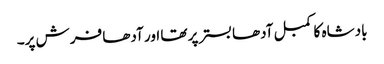
بادشاہ کا کمبل آدھا بستر پر تھا اور آدھا فرش پر۔